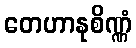
တေဟာနုစိဏ္ဏံ